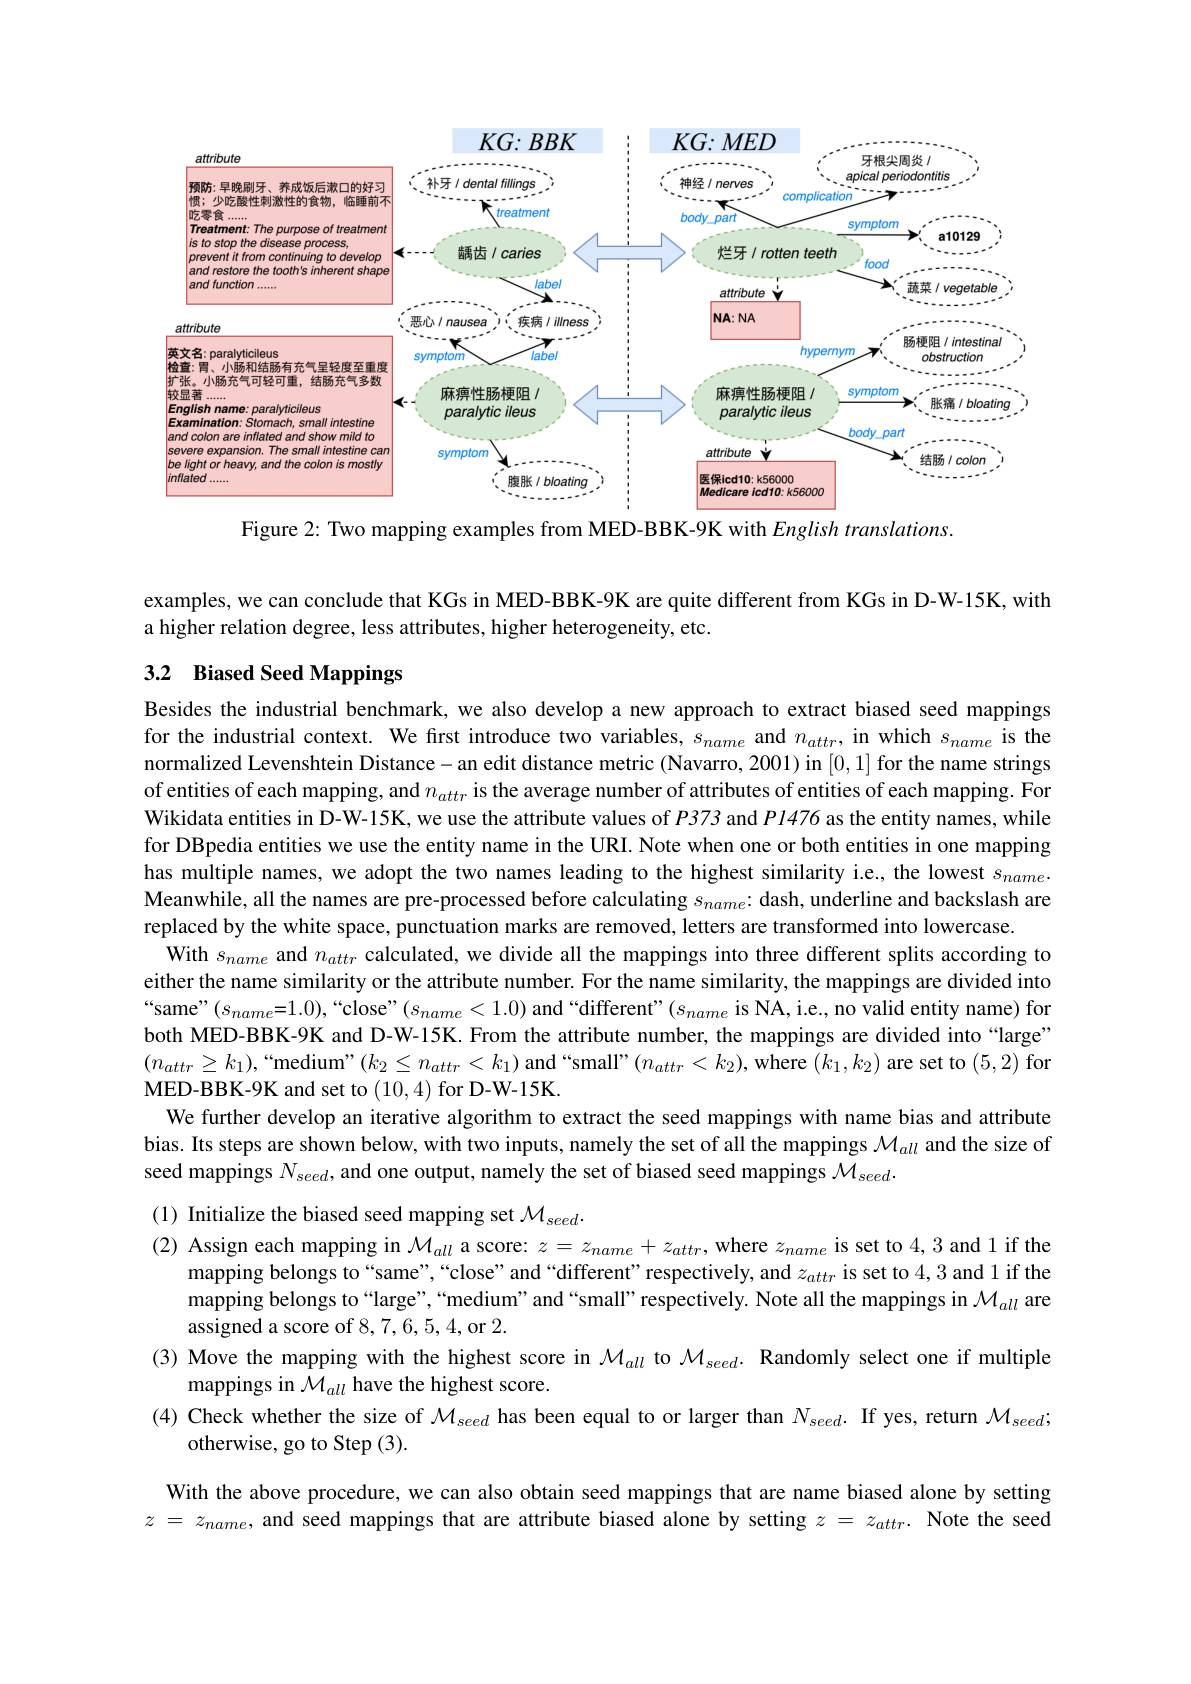
<FigureHere>

Figure 2: Two mapping examples from MED-BBK-9K with English translations.

examples, we can conclude that KGs in MED-BBK-9K are quite different from KGs in D-W-15K, with
a higher relation degree, less attributes, higher heterogeneity, etc

## 3.2 Biased Seed Mappings

Besides the industrial benchmark, we also develop a new approach to extract biased seed mappings for the industrial context. We first introduce two variables, $s_{name}$ and $n_{attr}$, in which $s_{name}$ is the normalized Levenshtein Distance- an edit distance metric (Navarro, 2001) in [0,1] for the name strings of entities of each mapping, and $n_attr$ is the average number of attributes of entities of each mapping. For Wikidata entities in D-W-15K, we use the attribute values of $P373$ and $P1476$ as the entity names, while for DBpedia entities we use the entity name in the URI. Note when one or both entities in one mapping has multiple names, we adopt the two names leading to the highest similarity i.e, the lowest $s_{name}.$ Meanwhile, all the names are pre-processed before calculating $s_{name}$: dash, underline and backslash are replaced by the white space, punctuation marks are removed, letters are transformed into lowercase.
With $s_{name}$ and $n_{attr}$ calculated, we divide all the mappings into three different splits according to either the name similarity or the attribute number. For the name similarity, the mappings are divided into $“ same” ( s_{name}= 1. 0) , “ close” ( s_{name}< 1. 0)$ and“ different" ( $s_{name}$ is NA, i. e. , no valid entity name) for both MED-BBK-9K and D-W-15K. From the attribute number, the mappings are divided into “large” $(n_{attr}\geq k_1),“$medium"$(k_2\leq n_{attr}<k_1)$ and “small””$(n_attr<k_2)$,where $(k_1,k_2)$ are set to (5,2) for MED-BBK-9K and set to (10,4) for D-W-15K.
We further develop an iterative algorithm to extract the seed mappings with name bias and attribute bias. Its steps are shown below, with two inputs, namely the set of all the mappings $\mathcal{M}_{all}$ and the size of seed mappings $N_{seed}$, and one output, namely the set of biased seed mappings $\mathcal{M}_{seed}.$

(1) Initialize the biased seed mapping set $\mathcal{M}_{seed}.$
(2) Assign each mapping in $\mathcal{M}_all$ a score: $z=z_name+z_{attr}$, where $z_name$ is set to 4,3 and 1 if the
mapping belongs to“same”,“close”and“different”respectively, and $z_{attr}$ is set to 4,3 and 1 if the mapping belongs to“large”,“medium”and“small”respectively. Note all the mappings in $\mathcal{M}_{all}$ are assigned a score of 8, 7, 6, 5, 4, or 2.
(3) Move the mapping with the highest score in $\mathcal{M}_{all}$ to $\mathcal{M}_{seed}.$ Randomly select one if multiple
mappings in $\mathcal{M}_{all}$ have the highest score.
(4) Check whether the size of $\mathcal{M}_{seed}$ has been equal to or larger than $N_{seed}.$ If yes, return $\mathcal{M}_{seed};$
otherwise, go to Step (3).
With the above procedure, we can also obtain seed mappings that are name biased alone by setting $z=z_{name}$, and seed mappings that are attribute biased alone by setting $z= z_{attr}. \textbf{ Note the seed}$